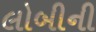
લોબીની